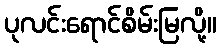
ပုလင်းရောင်စိမ်းမြလို့။